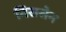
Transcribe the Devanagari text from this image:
निरासेन